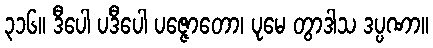
၃၁၆။ ဒီပေါ ပဒီပေါ ပဇ္ဇောတော၊ ပုမေ တွာဒါသ ဒပ္ပဏာ။